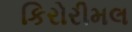
કિરોરીમલ